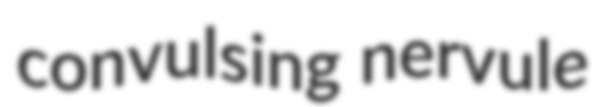
convulsing nervule